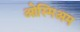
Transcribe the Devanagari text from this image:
ओस्मिअम